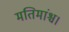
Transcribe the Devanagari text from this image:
मतिमांश्च।